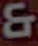
&